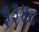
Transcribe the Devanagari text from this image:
३३४८